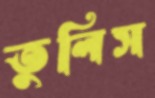
তুলিস